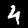
Label: 4